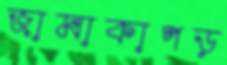
জামাকাপড়